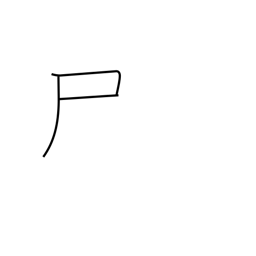
Meaning: flag radical (no. 44)